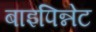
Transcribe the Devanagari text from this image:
बाइपिन्नेट